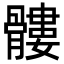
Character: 髏